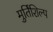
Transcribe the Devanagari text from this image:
मुर्तिशिल्प